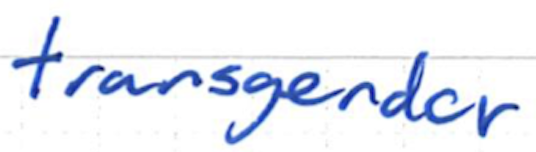
Text: transgender
Cross-out: clean
Writing tool: ballpoint